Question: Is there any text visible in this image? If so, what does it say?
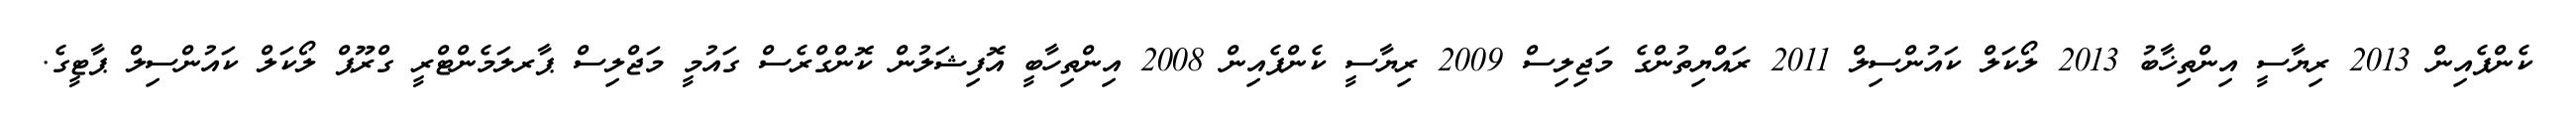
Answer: ކެންޕެއިން 2013 ރިޔާސީ އިންތިޚާބު 2013 ލޯކަލް ކައުންސިލް 2011 ރައްޔިތުންގެ މަޖިލިސް 2009 ރިޔާސީ ކެންޕެއިން 2008 އިންތިހާބީ އޮފިޝަލުން ކޮންގްރެސް ގައުމީ މަޖްލިސް ޕާރލަމެންޓްރީ ގްރޫޕް ލޯކަލް ކައުންސިލް ޕާޓީގެ.